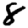
Digit: 8